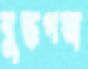
বুদ্ধগয়া